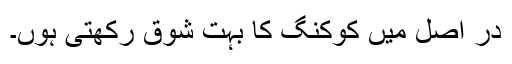
در اصل میں کوکنگ کا بہت شوق رکھتی ہوں۔